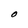
Character: O